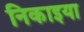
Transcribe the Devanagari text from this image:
निकाइया